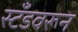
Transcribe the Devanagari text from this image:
स्टँडवरून